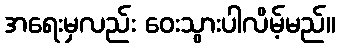
အရေးမှလည်း ဝေးသွားပါလိမ့်မည်။